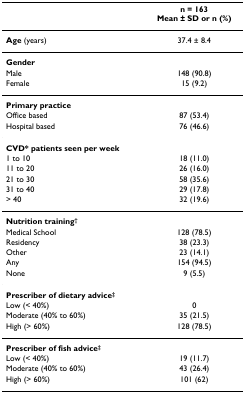
<table><thead><tr><td></td><td><b>n = 163Mean ± SD or n (%)</b></td></tr></thead><tbody><tr><td><b>Age </b>(years)</td><td>37.4 ± 8.4</td></tr><tr><td><b>Gender</b></td><td></td></tr><tr><td>Male</td><td>148 (90.8)</td></tr><tr><td>Female</td><td>15 (9.2)</td></tr><tr><td><b>Primary practice</b></td><td></td></tr><tr><td>Office based</td><td>87 (53.4)</td></tr><tr><td>Hospital based</td><td>76 (46.6)</td></tr><tr><td><b>CVD* patients seen per week</b></td><td></td></tr><tr><td>1 to 10</td><td>18 (11.0)</td></tr><tr><td>11 to 20</td><td>26 (16.0)</td></tr><tr><td>21 to 30</td><td>58 (35.6)</td></tr><tr><td>31 to 40</td><td>29 (17.8)</td></tr><tr><td>&gt; 40</td><td>32 (19.6)</td></tr><tr><td><b>Nutrition training<sup>†</sup></b></td><td></td></tr><tr><td>Medical School</td><td>128 (78.5)</td></tr><tr><td>Residency</td><td>38 (23.3)</td></tr><tr><td>Other</td><td>23 (14.1)</td></tr><tr><td>Any</td><td>154 (94.5)</td></tr><tr><td>None</td><td>9 (5.5)</td></tr><tr><td><b>Prescriber of dietary advice<sup>‡</sup></b></td><td></td></tr><tr><td>Low (&lt; 40%)</td><td>0</td></tr><tr><td>Moderate (40% to 60%)</td><td>35 (21.5)</td></tr><tr><td>High (&gt; 60%)</td><td>128 (78.5)</td></tr><tr><td><b>Prescriber of fish advice<sup>‡</sup></b></td><td></td></tr><tr><td>Low (&lt; 40%)</td><td>19 (11.7)</td></tr><tr><td>Moderate (40% to 60%)</td><td>43 (26.4)</td></tr><tr><td>High (&gt; 60%)</td><td>101 (62)</td></tr></tbody></table>